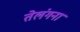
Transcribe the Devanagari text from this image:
तेलंगना